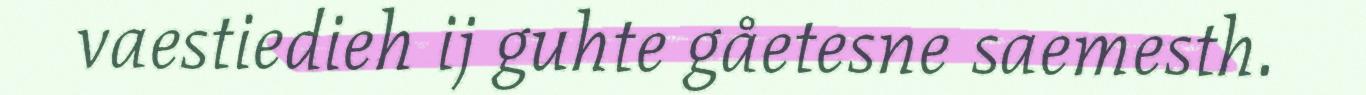
vaestiedieh ij guhte gåetesne saemesth.